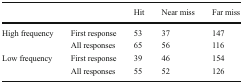
|  |  | Hit | Near miss | Far miss |
 | --- | --- | --- | --- | --- |
 | High frequency | First response | 53 | 37 | 147 |
 |  | All responses | 65 | 56 | 116 |
 | Low frequency | First response | 39 | 46 | 154 |
 |  | All responses | 55 | 52 | 126 |